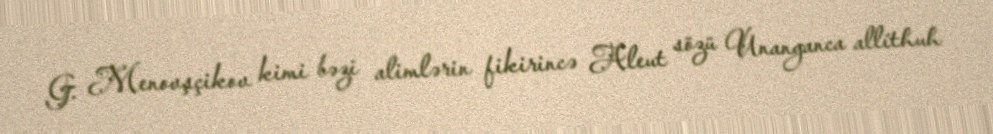
G. Menovşçikov kimi bəzi alimlərin fikirincə Aleut sözü Unanganca allíthuh